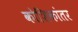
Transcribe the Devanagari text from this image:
कोशिकांतर